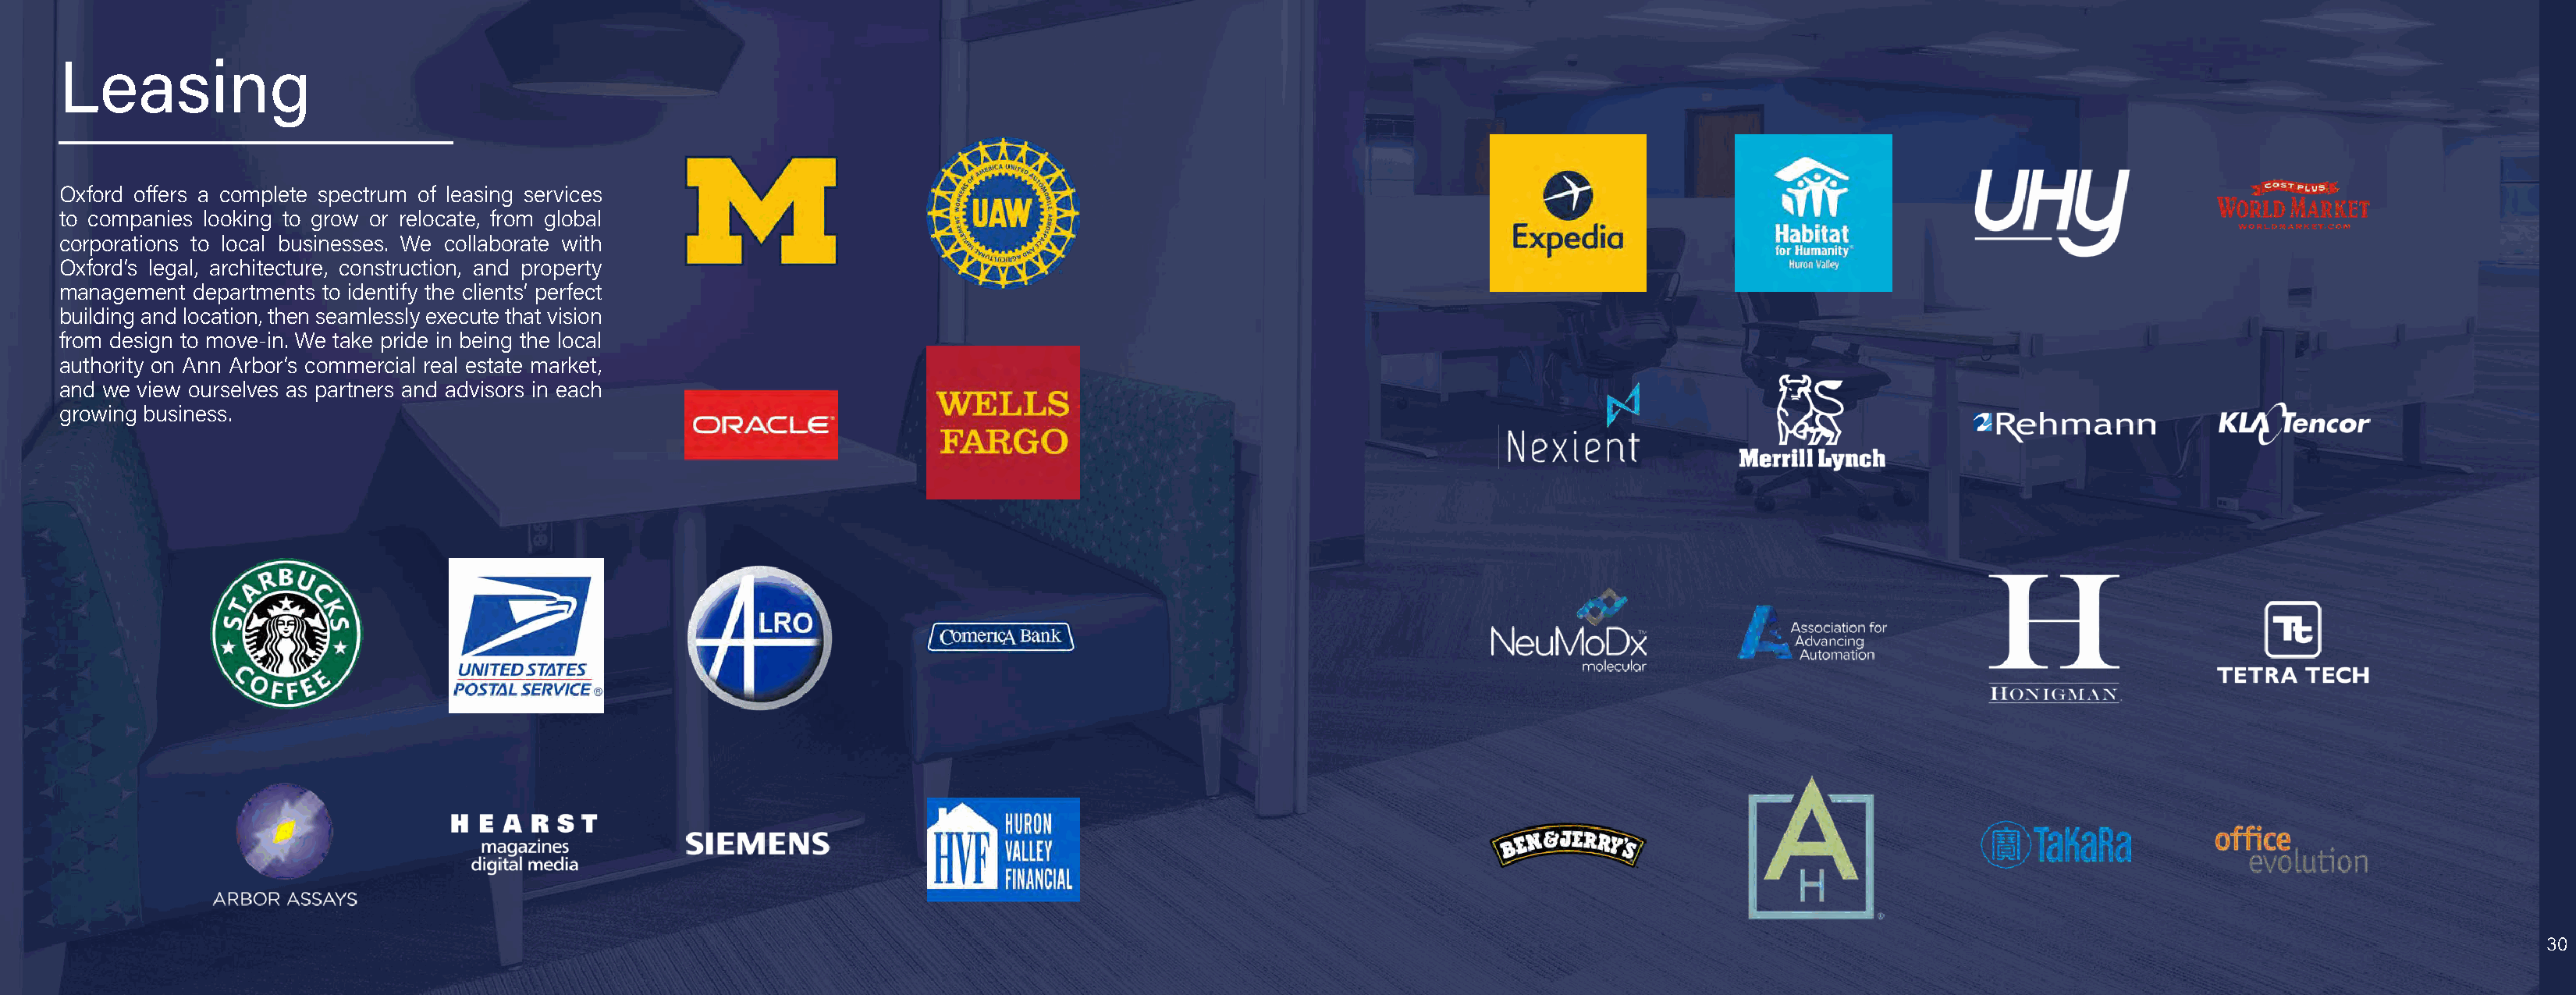
Leasing
 Oxford offers a complete spectrum of leasing services
 to companies looking to grow or relocate, from global
 corporations to local businesses. We collaborate with
 Oxford’s legal, architecture, construction, and property
 management departments to identify the clients’ perfect
 building and location, then seamlessly execute that vision
 from design to move-in. We take pride in being the local
 authority on Ann Arbor’s commercial real estate market,
 and we view ourselves as partners and advisors in each
 growing business.
 30